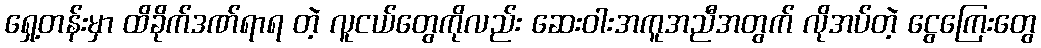
ရှေ့တန်းမှာ ထိခိုက်ဒဏ်ရာရ တဲ့ လူငယ်တွေကိုလည်း ဆေးဝါးအကူအညီအတွက် လိုအပ်တဲ့ ငွေကြေးတွေ